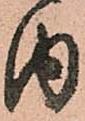
内